Vaccine operations Central Provinces & Berar 1922-1929 - 1922-1929
Year: 1922
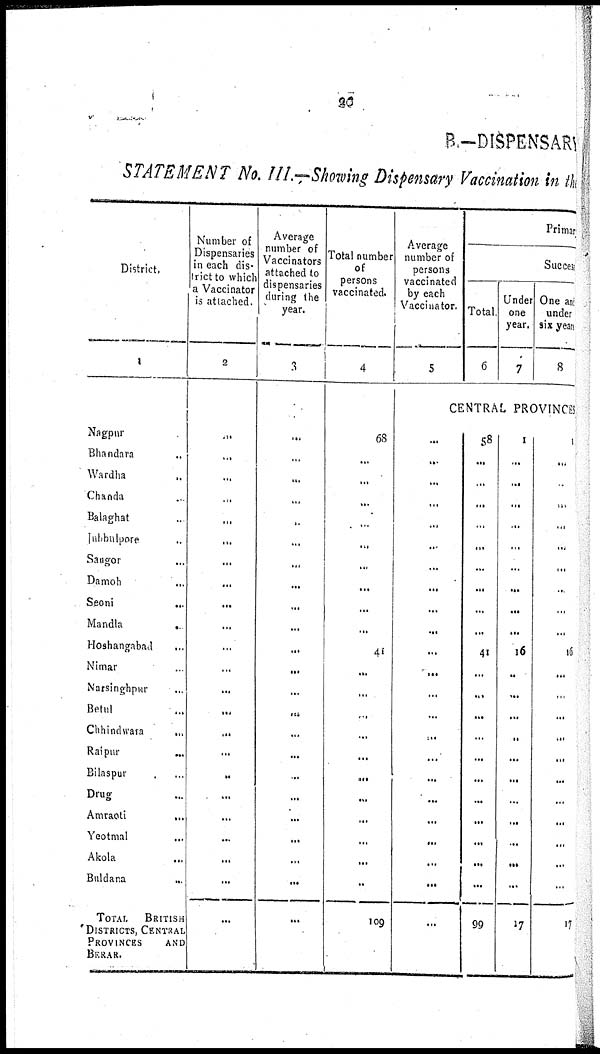
20
B.—DISPENSARY
STATEMENT No. III.—Showing Dispensary Vaccination in the
District.
1
Nagpur ...
Bhandara ...
Wardha ...
Chanda ...
Balaghat ...
Jubbulpore ...
Saugor
...
Damoh ...
Seoni
...
Mandla
...
Hoshangabad ...
Nimar ...
Narsinghpur ...
Betul ...
Chhindwara
...
Raipur
...
Bilaspur ...
Drug ...
Amraoti
...
Yeotmal ...
Akola ...
Buldana ...
TOTAL BRITISH
DISTRICTS, CENTRAL
PROVINCES
AND
BERAR.
Number of
Dispensaries
in each dis-
trict to which
a Vaccinator
is attached.
2
...
...
...
..
...
...
...
...
...
...
...
...
...
...
...
...
...
...
...
...
...
...
...
Average
number of
Vaccinators
attached to
dispensaries
during the
year.
3
...
...
...
...
...
...
...
...
...
...
...
...
...
...
...
...
...
...
...
...
...
...
...
Total number
of
persons
vaccinated.
4
68
...
...
...
...
...
...
...
...
...
41
...
...
...
...
...
...
...
...
...
...
...
109
Average
number of
persons
vaccinated
by each
Vaccinator.
5
Primary.
Success
Total
6
Under
one
year.
7
One and
under
six yeas.
8
CENTRAL PROVINCES
...
...
...
...
...
...
...
...
...
...
...
...
...
...
..
...
...
...
...
...
...
...
...
58
...
...
...
...
...
...
...
...
...
41
...
...
...
...
...
...
...
...
...
...
...
99
1
...
...
...
...
...
...
...
...
...
16
...
...
...
...
...
...
...
...
...
...
...
17
...
...
...
...
...
...
...
...
...
...
16
...
...
...
...
...
...
...
...
...
...
...
17